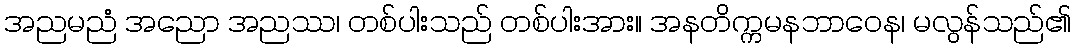
အညမညံ အညော အညဿ၊ တစ်ပါးသည် တစ်ပါးအား။ အနတိက္ကမနဘာဝေန၊ မလွန်သည်၏